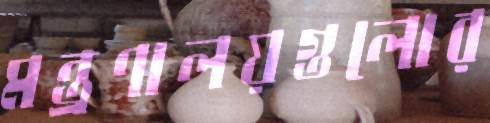
মন্ত্রণালয়গুলোর